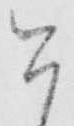
今